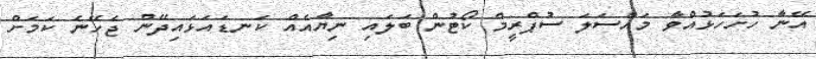
އޭނާ ހުށަހަޅުއްވާ މައްސަލަ ސުޕްރީމް ކޯޓުން ބަލައި ނިޔާއެއް ކަނޑައަޅައިދޭން ޖެހޭނެ ކަމަށް